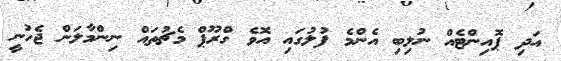
އަދި ޕޮއިންޓެއް ނުލިބި އެންމެ ފުލުގައި އޮވެ ގްރޫޕް މެޗުތައް ނިންމާލަން ޖެހުނީ